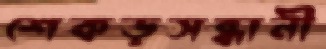
শেকড়সন্ধানী